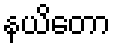
နယိတော